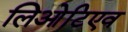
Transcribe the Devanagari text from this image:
लिओटिएव